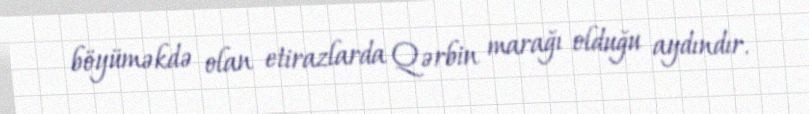
böyüməkdə olan etirazlarda Qərbin marağı olduğu aydındır.